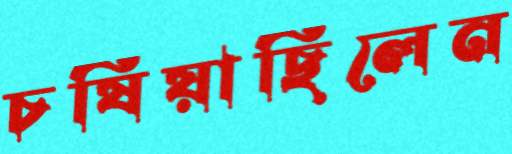
চষিয়াছিলেন